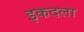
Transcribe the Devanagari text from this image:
इकदला